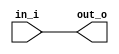
module prim_generic_buf (
	in_i,
	out_o
);
	parameter signed [31:0] Width = 1;
	input [Width - 1:0] in_i;
	output wire [Width - 1:0] out_o;
	wire [Width - 1:0] inv;
	assign inv = ~in_i;
	assign out_o = ~inv;
endmodule